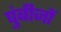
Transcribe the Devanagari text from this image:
पुंबीजों